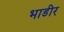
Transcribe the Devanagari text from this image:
भाडीर